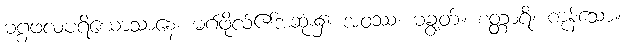
မဂ္ဂဖလပရိယောသာနေ၊ မဂ်ဖိုလ်၏အဆုံး၌။ အဝဿံ၊ မချွတ်။ စတ္တာရိ၊ ကုန်သော။